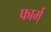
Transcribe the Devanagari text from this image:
फार्म्